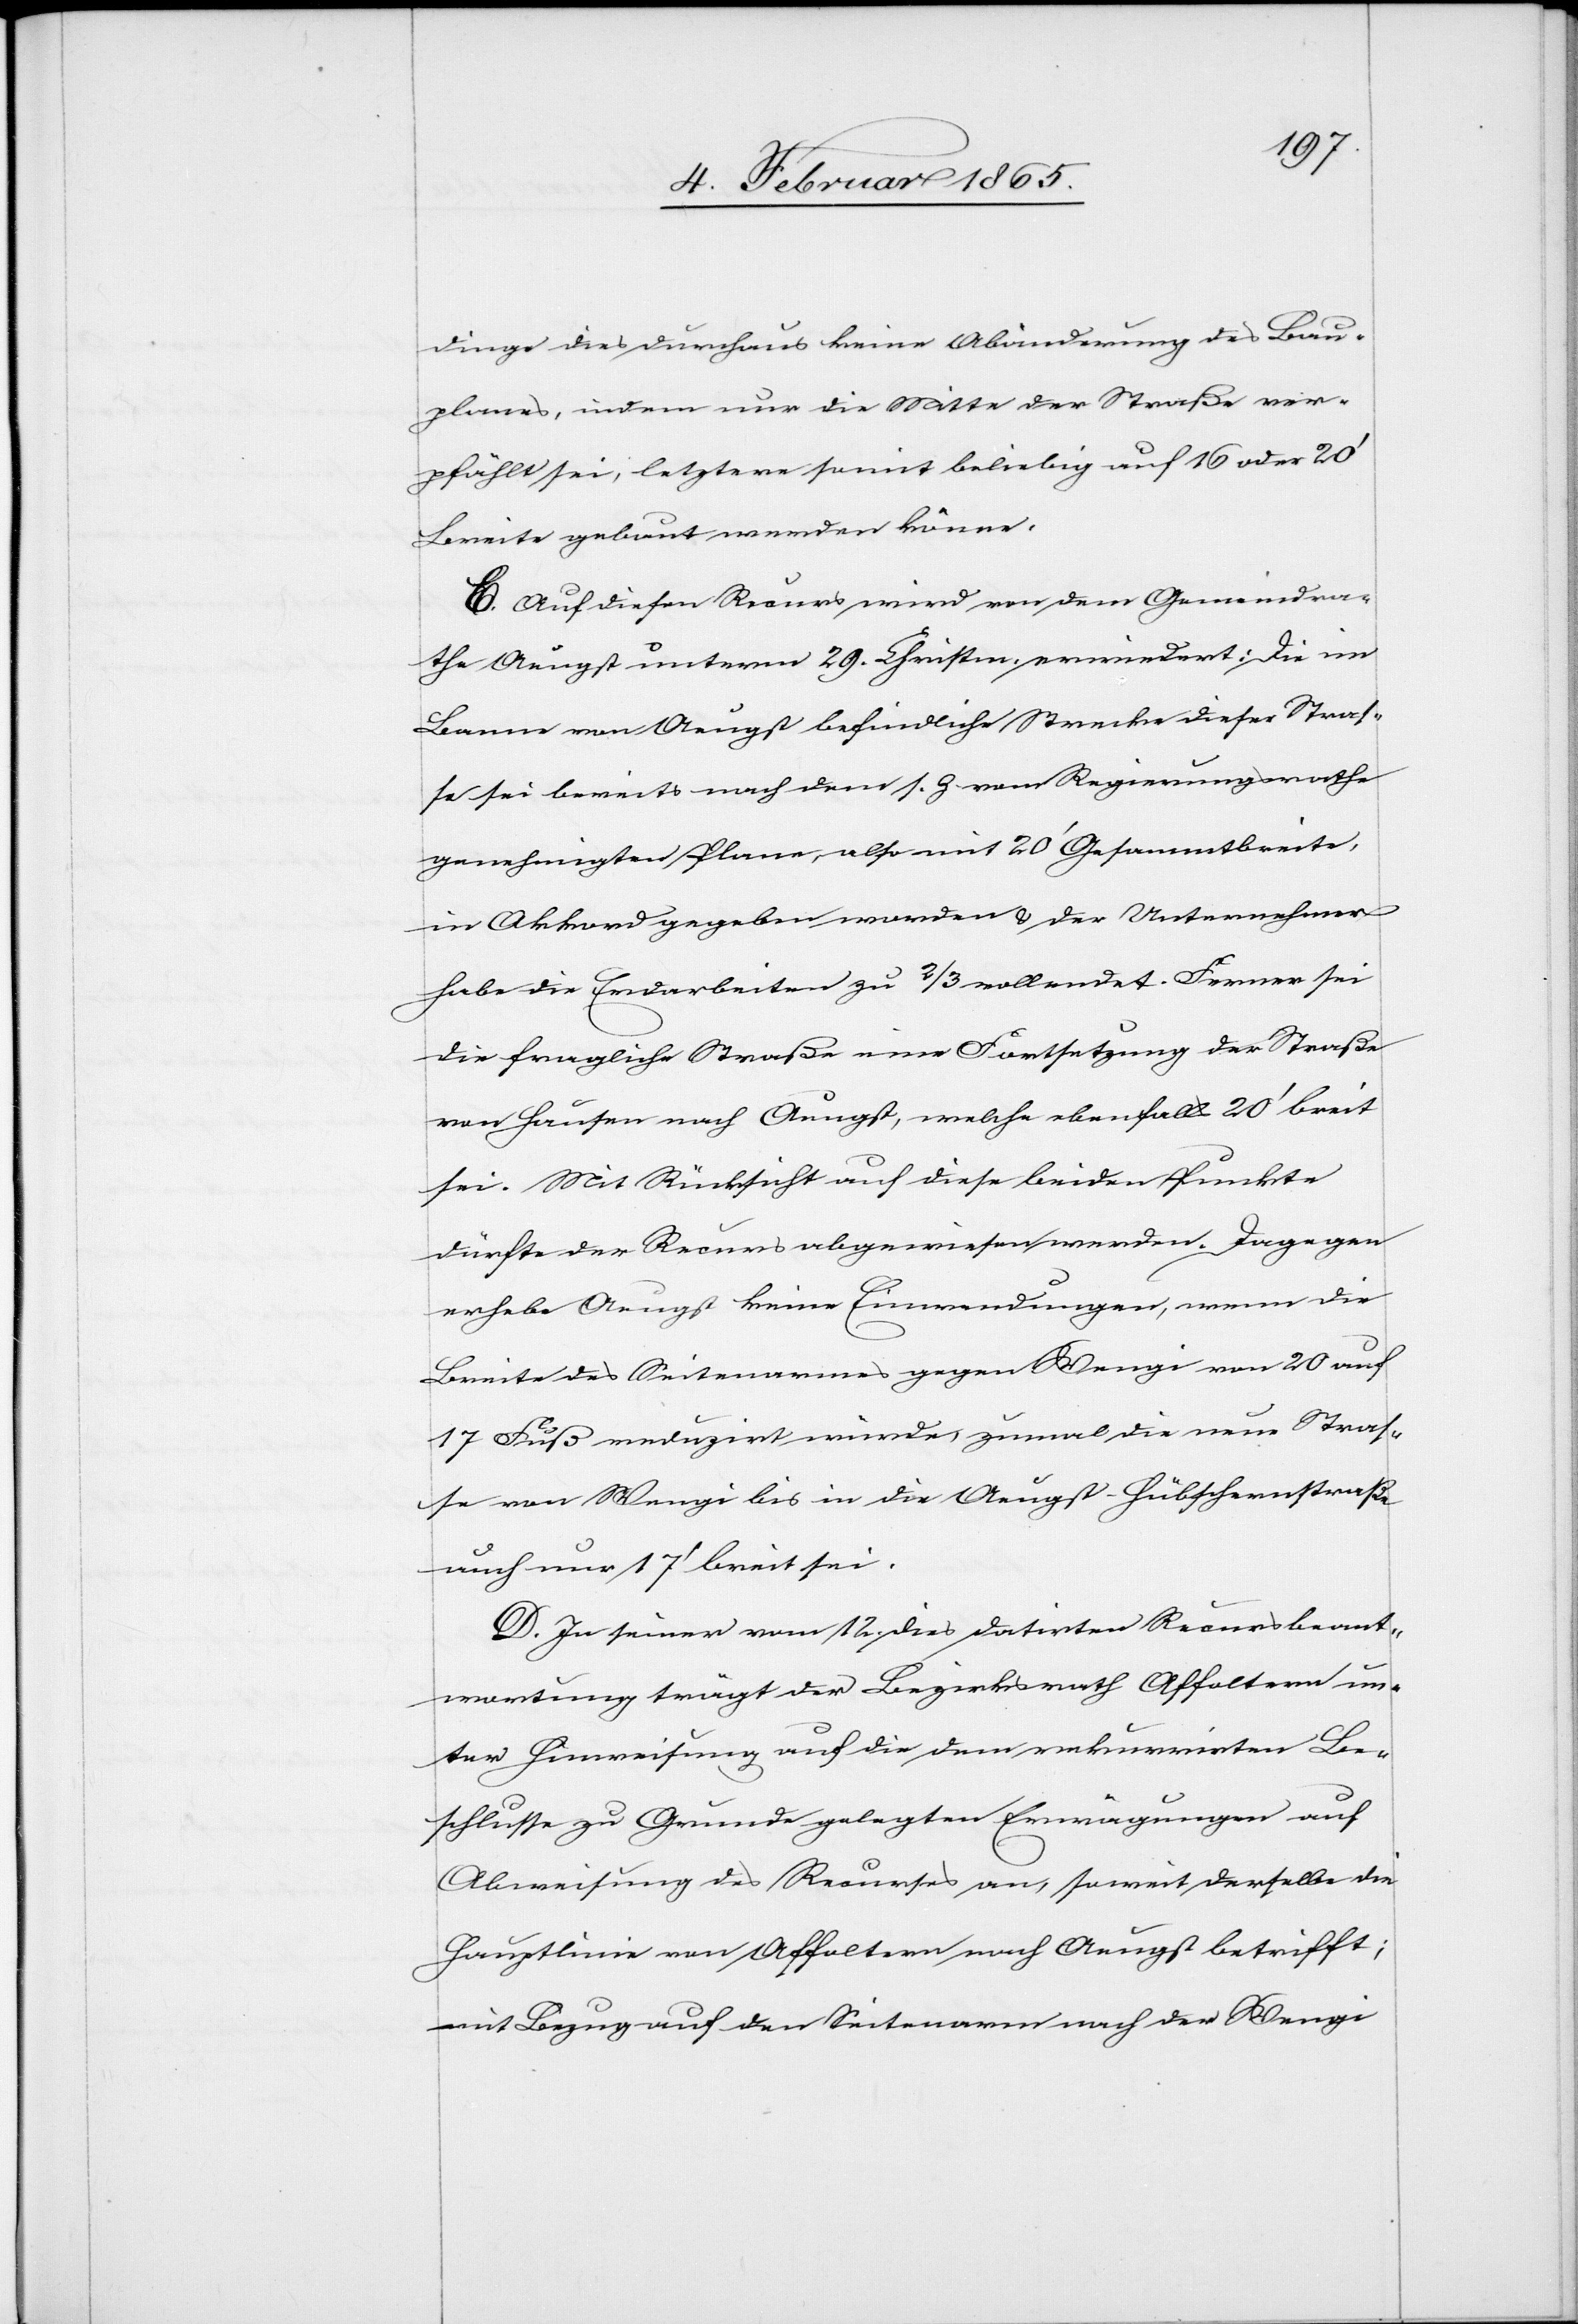
dinge dies durchaus keine Abänderung des Bau¬
planes, indem nur die Mitte der Straße ver¬
pfählt sei, letztere somit beliebig auf 16 oder 20’
Breite gebaut werden könne.
C. Auf diesen Recurs wird von dem Gemeindra¬
the Aeugst unterm 29. Christm. erwiedert: Die im
Banne von Aeugst befindliche Strecke dieser Straß¬
e sei bereits nach dem s. Z. vom Regierungsrathe
genehmigten Plane, also mit 20’ Gesammtbreite,
in Akkord gegeben worden u. der Unternehmer
habe die Erdarbeiten zu 2/3 vollendet. Ferner sei
die fragliche Straße eine Fortsetzung der Straße
von Hausen nach Aeugst, welche ebenfalls 20’ breit
sei. Mit Rücksicht auf diese beiden Punkte
dürfte der Recurs abgewiesen werden. Dagegen
erhebe Aeugst keine Einwendungen, wenn die
Breite des Seitenarmes gegen Wengi von 20 auf
17 Fuß reduzirt würde, zumal die neue Straß¬
e von Wengi bis in die Aeugst-Hübschernstraße
auch nur 17’ breit sei.
D. In seiner vom 12. dies datirten Recursbeant¬
wortung trägt der Bezirksrath Affoltern un¬
ter Hinweisung auf die dem rekurrirten Be¬
schlusse zu Grunde gelegten Erwägungen auf
Abweisung des Recurses an, soweit derselbe die
Hauptlinie von Affoltern nach Aeugst betrifft;
mit Bezug auf den Seitenarm nach der Wengi